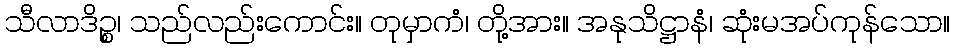
သီလာဒိဉ္စ၊ သည်လည်းကောင်း။ တုမှာကံ၊ တို့အား။ အနုသိဋ္ဌာနံ၊ ဆုံးမအပ်ကုန်သော။